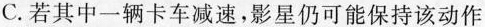
C.若其中一辆卡车减速，影星仍可能保持该动作